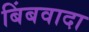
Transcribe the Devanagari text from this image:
बिंबवादा